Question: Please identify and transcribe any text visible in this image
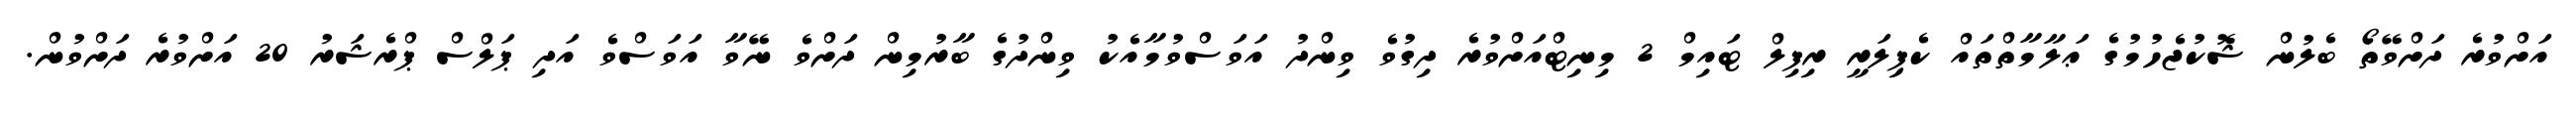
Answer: އަށްވުރެ ދަށްވޭތޯ ބެލުން ޝޮކުޖެހުމުގެ ޢަލާމާތްތައް ކެޕިލަރީ ރިފިލް ޓައިމް 2 މިނިޓްއަށްވުރެ ދިގުވެ ވިންދު އަވަސްވުމާއެކު ވިންދުގެ ބާރުމިން ދަށްވެ ނޭވާ އަވަސްވެ އަދި ޕަލްސް ޕްރެޝަރު 20 އަށްވުރެ ދަށްވުން.